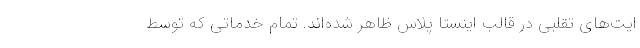
ایت‌های تقلبی در قالب اینستا پلاس ظاهر شده‌اند. تمام خدماتی که توسط